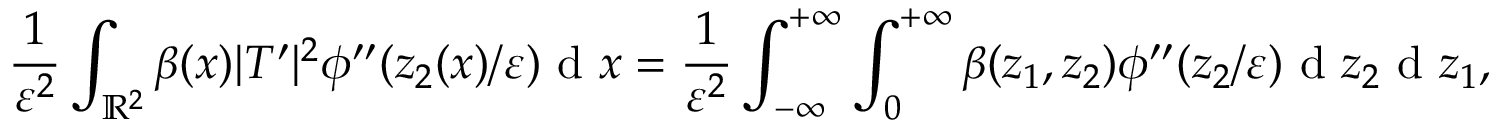
\frac { 1 } { \varepsilon ^ { 2 } } \int _ { \mathbb { R } ^ { 2 } } \beta ( x ) | T ^ { \prime } | ^ { 2 } \phi ^ { \prime \prime } ( z _ { 2 } ( x ) / \varepsilon ) \textrm { d } x = \frac { 1 } { \varepsilon ^ { 2 } } \int _ { - \infty } ^ { + \infty } \int _ { 0 } ^ { + \infty } \beta ( z _ { 1 } , z _ { 2 } ) \phi ^ { \prime \prime } ( z _ { 2 } / \varepsilon ) \textrm { d } z _ { 2 } \textrm { d } z _ { 1 } ,